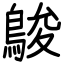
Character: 鵔